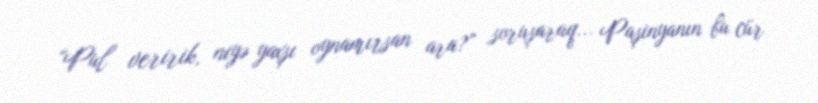
“Pul veririk, niyə yaxşı oynamırsan ara?” soruşaraq... Paşinyanın bu cür